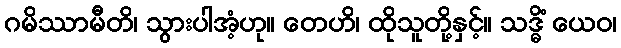
ဂမိဿာမီတိ၊ သွားပါအံ့ဟု။ တေဟိ၊ ထိုသူတို့နှင့်။ သဒ္ဓိံ ယေဝ၊